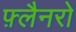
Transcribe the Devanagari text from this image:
फ़्लैनरो